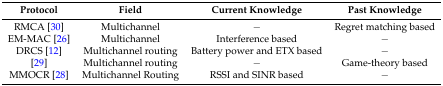
<table><thead><tr><td><b>Protocol</b></td><td><b>Field</b></td><td><b>Current Knowledge</b></td><td><b>Past Knowledge</b></td></tr></thead><tbody><tr><td>RMCA [30]</td><td>Multichannel</td><td>−</td><td>Regret matching based</td></tr><tr><td>EM-MAC [26]</td><td>Multichannel</td><td>Interference based</td><td>−</td></tr><tr><td>DRCS [12]</td><td>Multichannel routing</td><td>Battery power and ETX based</td><td>−</td></tr><tr><td>[29]</td><td>Multichannel routing</td><td>−</td><td>Game-theory based</td></tr><tr><td>MMOCR [28]</td><td>Multichannel Routing</td><td>RSSI and SINR based</td><td>−</td></tr></tbody></table>